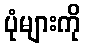
ပုံများကို